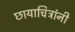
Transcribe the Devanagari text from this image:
छायाचित्रांनी